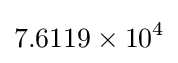
7.6119\times 10^{4}